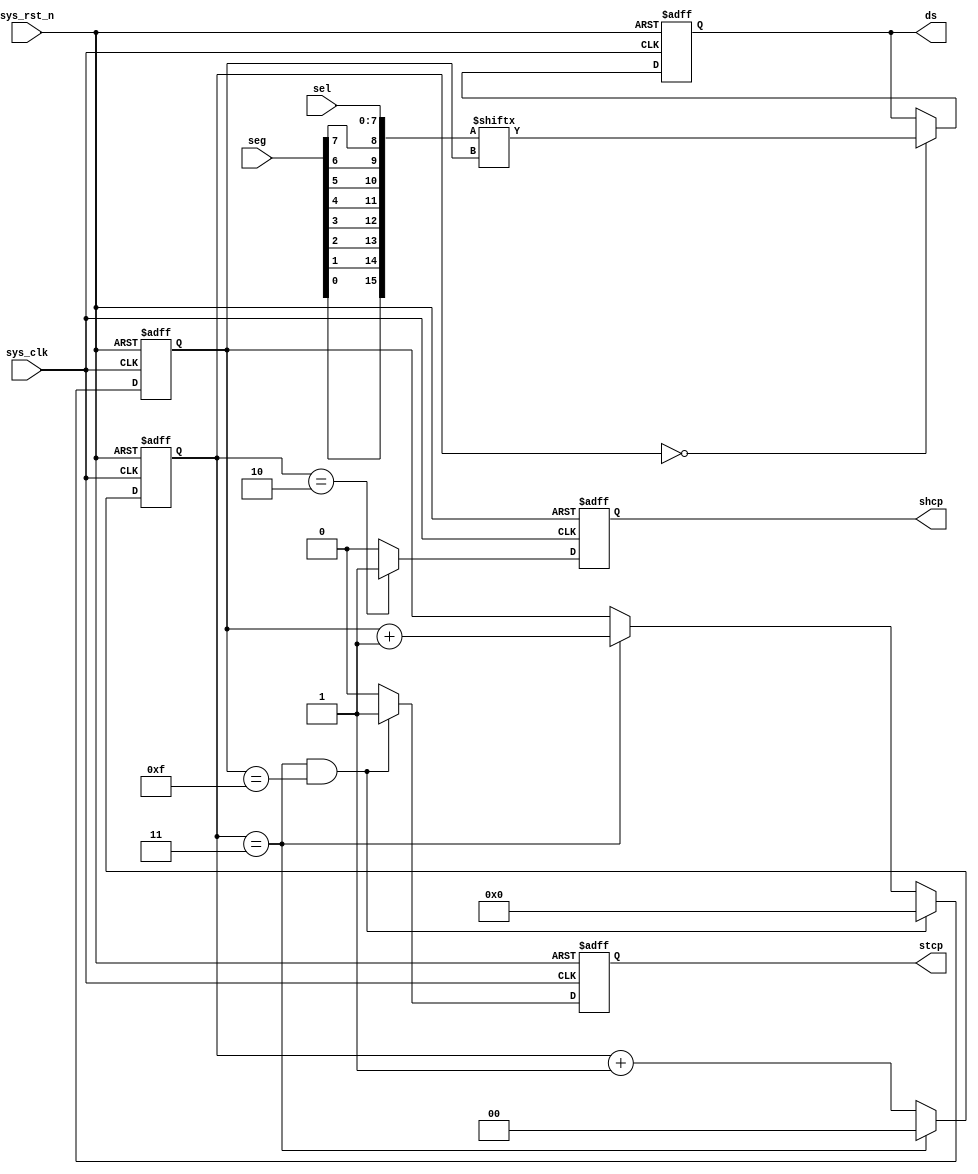
`timescale 1ns / 1ps
//////////////////////////////////////////////////////////////////////////////////
// Company: 
// Engineer: 
// 
// Design Name: 
// Module Name: hc_595
// Project Name: 
// Target Devices: 
// Tool Versions: 
// Description: 
// 
// Dependencies: 
// 
// Revision:
// Revision 0.01 - File Created
// Additional Comments:
// 
//////////////////////////////////////////////////////////////////////////////////

module hc595_ctrl
(
input wire sys_clk , //50MHz
input wire sys_rst_n , //
input wire [7:0] sel , //
input wire [7:0] seg , //

output reg stcp , //
output reg shcp , //
 output reg ds  //
 //output wire oe //
 );

 ////
 //\* Parameter and Internal Signal \//
 ////
 //reg define
 reg [1:0] cnt_4 ; //
 reg [3:0] cnt_bit ; //

 //wire define
 wire [15:0] data ; //

 ////
 //\* Main Code \//
 ////

 //
 assign data={seg[0],seg[1],seg[2],seg[3],seg[4],seg[5],seg[6],seg[7],sel};

 //
 //assign oe = ~sys_rst_n;

 //:0~3
 always@(posedge sys_clk or negedge sys_rst_n)
    if(sys_rst_n == 1'b0)
        cnt_4 <= 2'd0;
    else if(cnt_4 == 2'd3)
        cnt_4 <= 2'd0;
    else
        cnt_4 <= cnt_4 + 1'b1;

 //cnt_bit:
 always@(posedge sys_clk or negedge sys_rst_n)
    if(sys_rst_n == 1'b0)
        cnt_bit <= 4'd0;
    else if(cnt_4 == 2'd3 && cnt_bit == 4'd15)
        cnt_bit <= 4'd0;
    else if(cnt_4 == 2'd3)
        cnt_bit <= cnt_bit + 1'b1;
    else
        cnt_bit <= cnt_bit;

 //stcp:14
 always@(posedge sys_clk or negedge sys_rst_n)
    if(sys_rst_n == 1'b0)
        stcp <= 1'b0;
    else if(cnt_bit == 4'd15 && cnt_4 == 2'd3)
        stcp <= 1'b1;
    else
        stcp <= 1'b0;

 //shcp:
 always@(posedge sys_clk or negedge sys_rst_n)
    if(sys_rst_n == 1'b0)
        shcp <= 1'b0;
    else if(cnt_4 == 4'd2)
        shcp <= 1'b1;
    else
        shcp <= 1'b0;

 //ds:
 always@(posedge sys_clk or negedge sys_rst_n)
    if(sys_rst_n == 1'b0)
        ds <= 1'b0;
    else if(cnt_4 == 2'd0)
        ds <= data[cnt_bit];
    else
        ds <= ds;

 endmodule